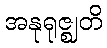
အနုရုဇ္ဈတိ